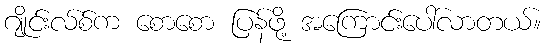
ဂျိုင်းလ်စ်က စောစော ပြန်ဖို့ အကြောင်းပေါ်လာတယ်။